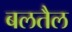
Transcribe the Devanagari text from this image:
बलतैल